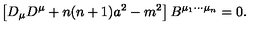
\left[ D _ { \mu } D ^ { \mu } + n ( n + 1 ) a ^ { 2 } - m ^ { 2 } \right] B ^ { \mu _ { 1 } \cdots \mu _ { n } } = 0 .